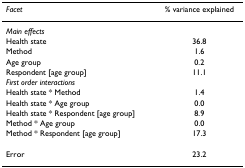
<table><thead><tr><td><b><i>Facet</i></b></td><td><b>% variance explained</b></td></tr></thead><tbody><tr><td><i>Main effects</i></td><td></td></tr><tr><td>Health state</td><td>36.8</td></tr><tr><td>Method</td><td>1.6</td></tr><tr><td>Age group</td><td>0.2</td></tr><tr><td>Respondent [age group]</td><td>11.1</td></tr><tr><td><i>First order interactions</i></td><td></td></tr><tr><td>Health state * Method</td><td>1.4</td></tr><tr><td>Health state * Age group</td><td>0.0</td></tr><tr><td>Health state * Respondent [age group]</td><td>8.9</td></tr><tr><td>Method * Age group</td><td>0.0</td></tr><tr><td>Method * Respondent [age group]</td><td>17.3</td></tr><tr><td>Error</td><td>23.2</td></tr></tbody></table>